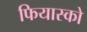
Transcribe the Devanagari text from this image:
फियास्को